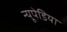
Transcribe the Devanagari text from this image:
न्यूपेडिया